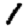
Digit: 1